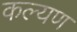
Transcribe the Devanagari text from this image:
कल्यण